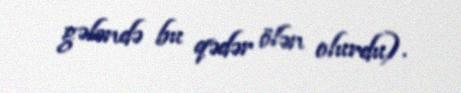
gələndə bu qədər ölən olurdu).